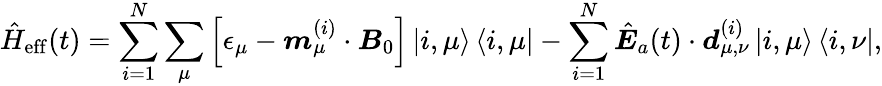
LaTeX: \hat{H}_{\mathrm{eff}}(t)=\sum_{i=1}^{N}\sum_{\mu}\left[\epsilon_{\mu}-\boldsymbol m_{\mu}^{(i)}\cdot{\boldsymbol B}_{0}\right]\left|i,\mu\right>\left<i,\mu\right|-\sum_{i=1}^{N}\hat{\boldsymbol E}_{a}(t)\cdot\boldsymbol d_{\mu,\nu}^{(i)}\left|i,\mu\right>\left<i,\nu\right|,